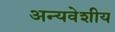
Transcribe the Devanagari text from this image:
अन्यवेशीय